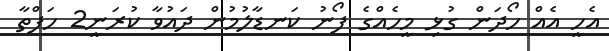
އެހީ އެއް ހޯދަން ގުޅި މީހެއްގެ ފޯނު ކަނޑާލުމުން ދައުވާ ކުރަނީ2 ހަފްތާ